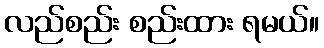
လည်စည်း စည်းထား ရမယ်။